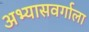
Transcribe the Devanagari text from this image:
अभ्यासवर्गाला